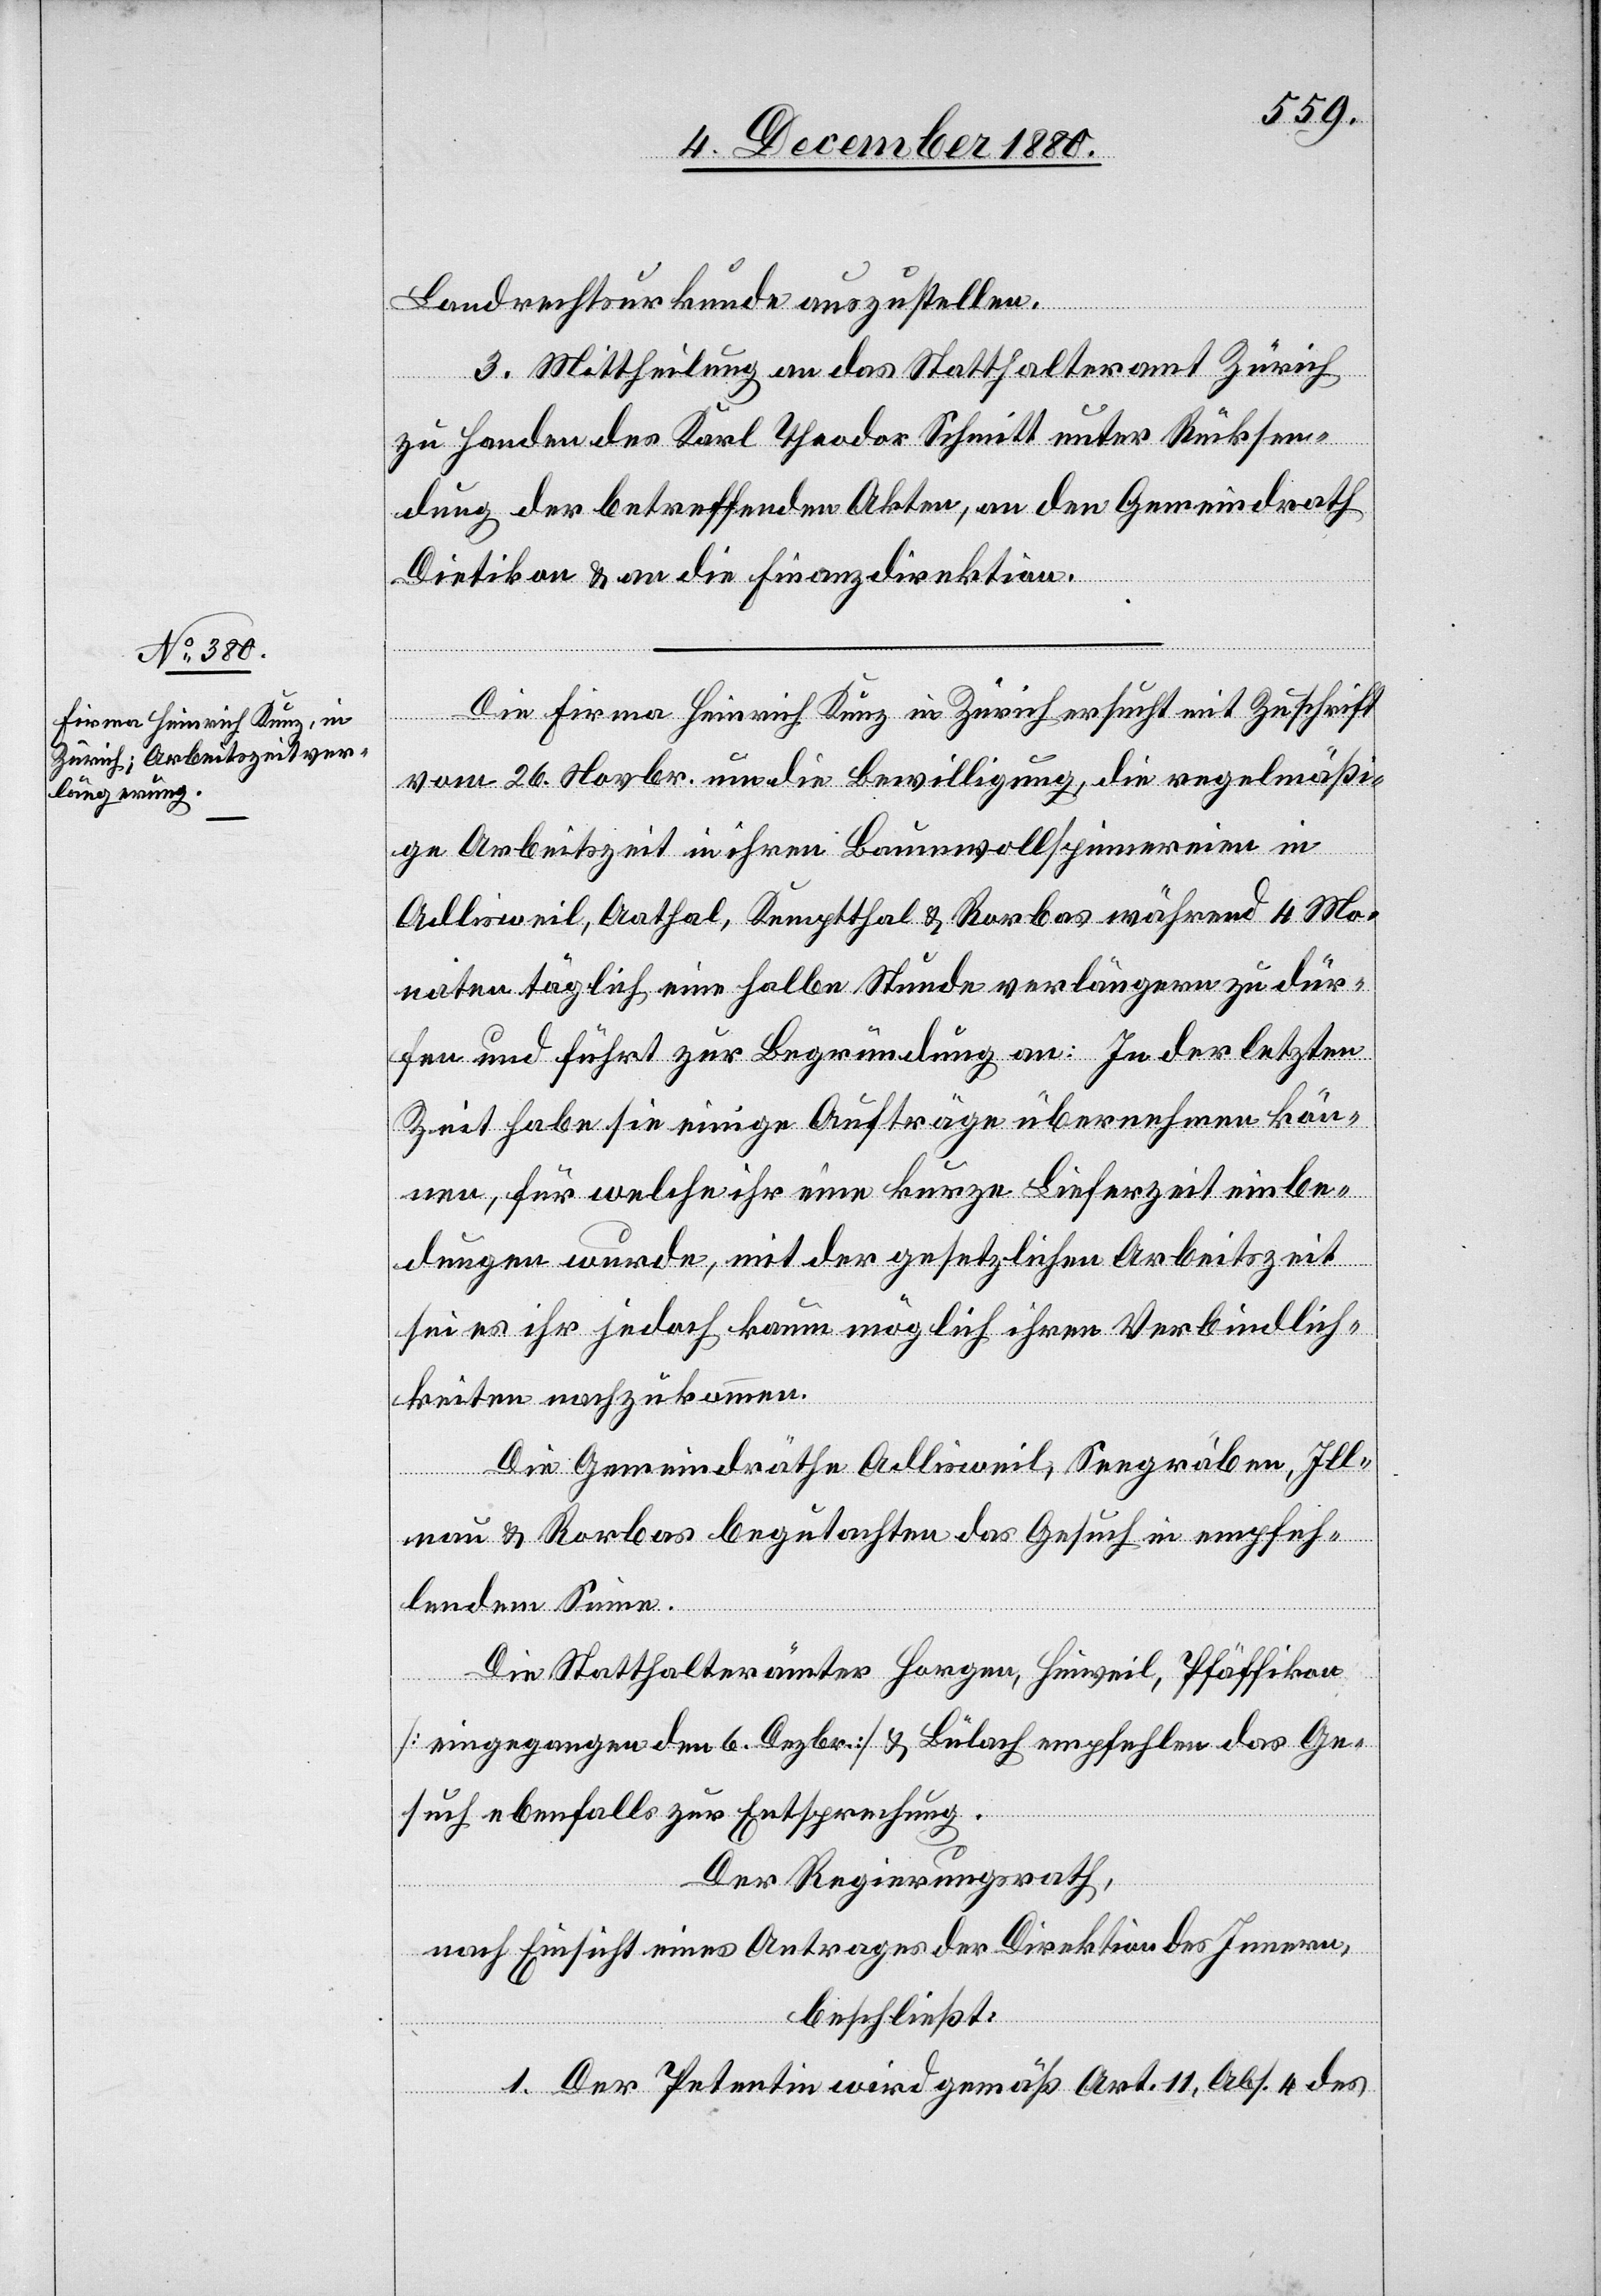
7. December 1880.]
Landrechtsurkunde auszustellen.
3. Mittheilung an das Statthalteramt Zürich
mit
zu Handen des Karl Theodor Schmitt unter Rücksen¬
dung der betreffenden Akten, an den Gemeindrath
Dietikon & an die Finanzdirektion.
vom 26. Novbr. um die Bewilligung, die regelmäßi¬
ge Arbeitszeit in ihren Baumwollspinnereien in
Adliswil, Aathal, Kempthal & Rorbas während 4 Mo¬
naten täglich eine halbe Stunde verlängern zu dür¬
fen und führt zur Begründung an: In der letzten
Zeit habe sie einige Aufträge übernehmen kön¬
nen, für welche ihr eine kurze Lieferzeit einbe¬
dungen wurde, mit der gesetzlichen Arbeitszeit
sei es ihr jedoch kaum möglich ihren Verbindlich¬
keiten nachzukommen.
Die Gemeindräthe Adliswil, Seegräben, Ill¬
nau & Rorbas begutachten das Gesuch in empfeh¬
lendem Sinne.
Die Statthalterämter Horgen, Hinweil, Pfäffikon
[eingegangen 6. Dezbr.] & Bülach empfehlen das Ge¬
such ebenfalls zur Entsprechung.
Der Regierungsrath,
nach Einsicht eines Antrages der Direktion des Innern,
beschließt:
1. Der Petentin wird gemäß Art. 11, Abs. 4 des